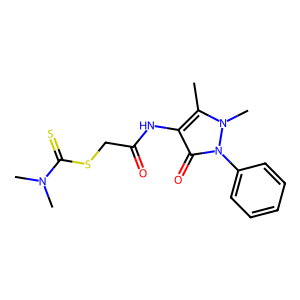
SMILES: Cc1c(NC(=O)CSC(=S)N(C)C)c(=O)n(-c2ccccc2)n1C
Inhibits HIV replication: No